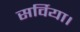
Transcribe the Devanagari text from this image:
सर्विया।